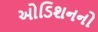
ઓડિશનનો